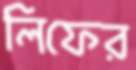
লিফের